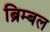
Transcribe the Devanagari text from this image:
ब्रिम्बल